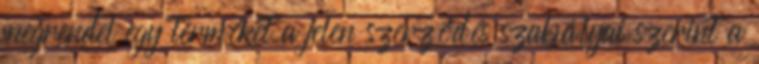
megrendel egy terméket a jelen szerződés szabályai szerint a